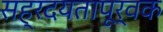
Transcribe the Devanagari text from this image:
सह्रदयतापूर्वक